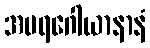
အပရဂေါယာနာနံ